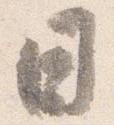
日